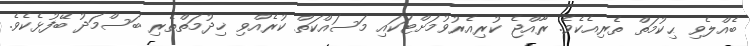
ބެއްލެވި ޙިކުމަތް ތެރިއެކެވެ. ރާއްޖެ ކުރިއެރުވުމަށްޓަކައި މަސައްކަތް ކުރެއްވި ޚިދުމަތްތެރި ބަސްމަދު ބޭފުޅެކެވެ.